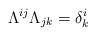
LaTeX: \begin{align*}\Lambda^{ij} \Lambda_{jk} = \delta^i_k\end{align*}